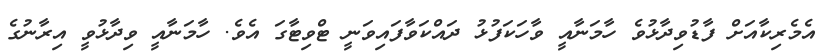
އެމެރިކާއަށް ފާޑުވިދާޅުވެ ހާމަނާއީ ވާހަކަފުޅު ދައްކަވާފައިވަނީ ޓްވިޓާގަ އެވެ. ހާމަނާއީ ވިދާޅުވީ އިރާނުގެ